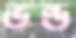
ভন্ড